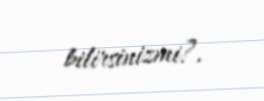
bilirsinizmi?.